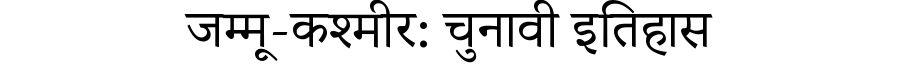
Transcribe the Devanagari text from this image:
जम्मू-कश्मीर: चुनावी इतिहास